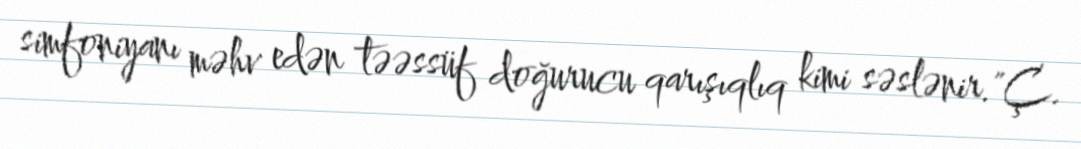
simfoniyanı məhv edən təəssüf doğurucu qarışıqlıq kimi səslənir."Ç.